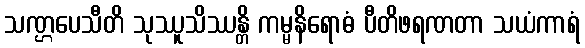
သဏ္ဌပေသီတိ သုဿူသိဿန္တိ ကမ္မနိရောဓံ ပီတိဖရဏတာ သယံကာရံ